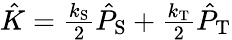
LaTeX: \begin{array}{r}{\hat{K}=\frac{k_{\mathrm{S}}}{2}\hat{P}_{\mathrm{S}}+\frac{k_{\mathrm{T}}}{2}\hat{P}_{\mathrm{T}}}\end{array}